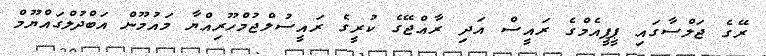
ރޭގެ ޖަލްސާގައި ޕީޕީއެމްގެ ރައީސް އަދި ރާއްޖޭގެ ކުރީގެ ރައީސުލްޖުމްހޫރިއްޔާ މައުމޫން އަބްދުލްގައްޔޫމް